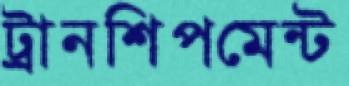
ট্রানশিপমেন্ট